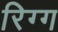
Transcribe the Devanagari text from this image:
रिग्ग